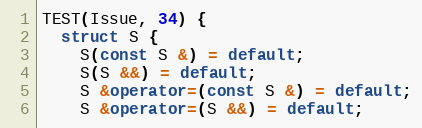
Language: C++
TEST(Issue, 34) {
  struct S {
    S(const S &) = default;
    S(S &&) = default;
    S &operator=(const S &) = default;
    S &operator=(S &&) = default;